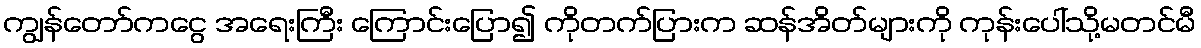
ကျွန်တော်ကငွေ အရေးကြီး ကြောင်းပြော၍ ကိုတက်ပြားက ဆန်အိတ်များကို ကုန်းပေါ်သို့မတင်မီ